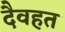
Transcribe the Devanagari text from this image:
दैवहत